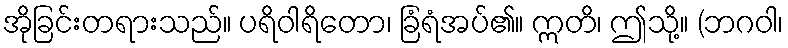
အိုခြင်းတရားသည်။ ပရိဝါရိတော၊ ခြံရံအပ်၏။ ဣတိ၊ ဤသို့။ (ဘဂဝါ၊